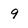
Character: 9